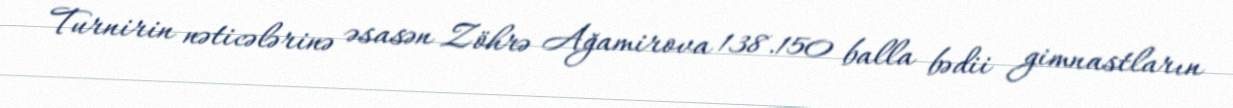
Turnirin nəticələrinə əsasən Zöhrə Ağamirova 138.150 balla bədii gimnastların